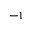
^ { - 1 }